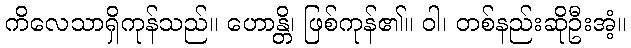
ကိလေသာရှိကုန်သည်။ ဟောန္တိ၊ ဖြစ်ကုန်၏။ ဝါ၊ တစ်နည်းဆိုဦးအံ့။